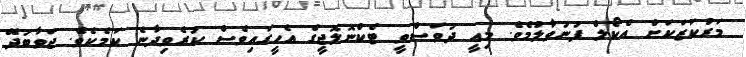
މަރުކަޒަކަށް އެކޯލް ފުނުވާލުމެވެ. މިއީ ދުވަސްވީ ޓެކްނޮލޮޖީގެ އެހީގައިވެސް ކުރެވިދާނެ ކަމެކެވެ. ޖަވާބުދޭ